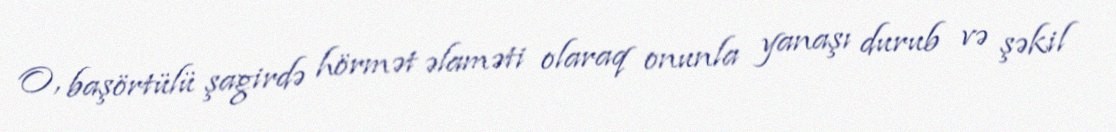
O, başörtülü şagirdə hörmət əlaməti olaraq onunla yanaşı durub və şəkil